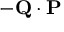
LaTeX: - \mathbf { Q } \cdot \mathbf { P }